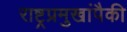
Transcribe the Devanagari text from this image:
राष्ट्रप्रमुखांपैकी